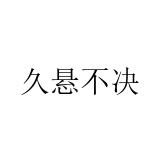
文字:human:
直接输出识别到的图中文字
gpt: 久悬不决